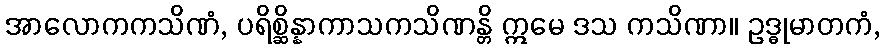
အာလောကကသိဏံ, ပရိစ္ဆိန္နာကာသကသိဏန္တိ ဣမေ ဒသ ကသိဏာ။ ဥဒ္ဓုမာတကံ,